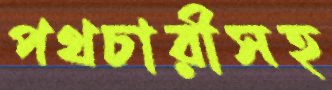
পথচারীসহ